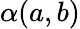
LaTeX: \alpha(a,b)